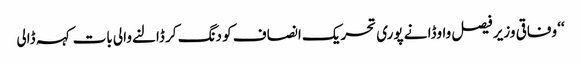
‘‘ وفاقی وزیر فیصل واوڈا نے پوری تحریک انصاف کو دنگ کر ڈالنےوالی بات کہہ ڈالی